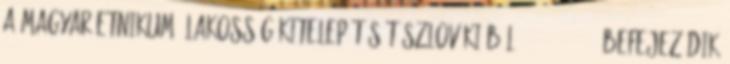
a magyar etnikumú lakosság kitelepítését Szlovákiából. 1944.11.24. - Befejezõdik